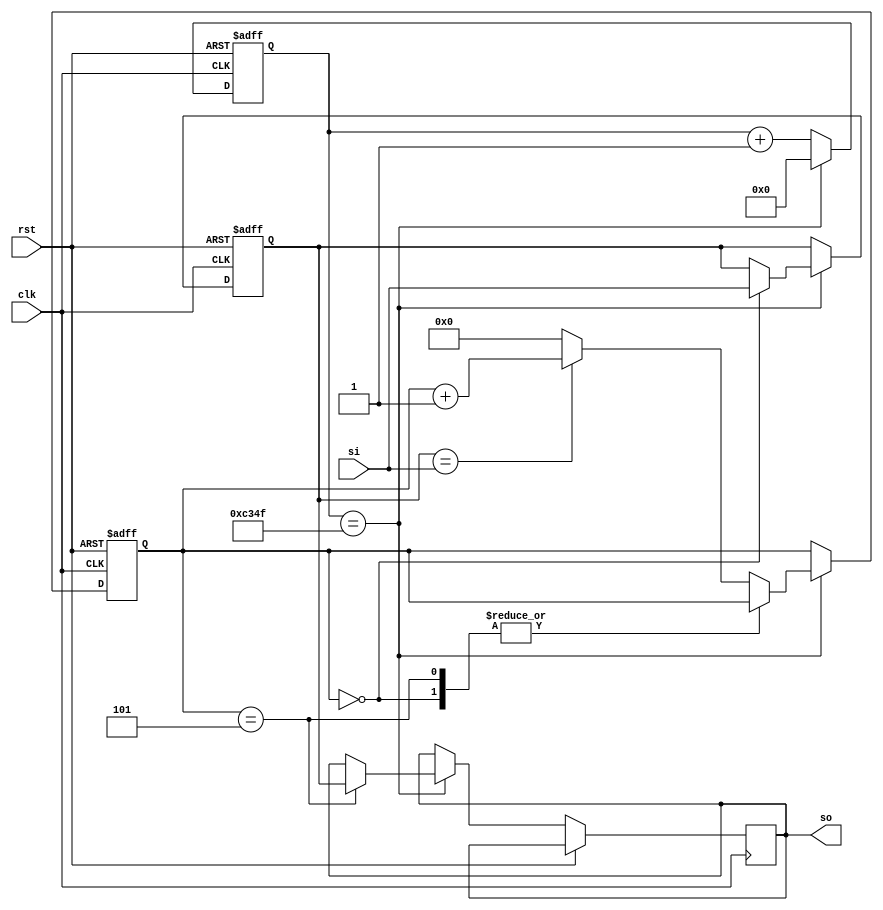
`timescale 1ns / 1ps
`default_nettype none

module debounce #(
   parameter CDIV = 50_000,
   parameter THRES = 5,
   parameter WIDTH = 1
)(
   input wire clk,
   input wire rst,
   input wire [WIDTH-1:0] si,
   output reg [WIDTH-1:0] so
);
   reg [WIDTH-1:0] bits;
   reg [9:0] hits;
   reg [31:0] counter;

   always @(posedge clk or posedge rst) begin
      if (rst) begin
         counter <= 0;
         bits <= 0;
         hits <= 0;
      end
      else begin
         counter <= counter + 1;
         if (counter == CDIV - 1) begin
            counter <= 0;

            case (hits)
            0: bits <= si;
            THRES: so <= bits;
            default: begin
               hits <= (bits == si) ? (hits + 1) : 0;
            end
            endcase
         end
      end
   end
endmodule

`default_nettype wire